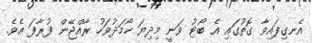
އެނގިފައިވާ ގޮތުގައި އެ ބޯޓު ވަނީ މިދިޔަ ހޯމަދުވަހު ރާއްޖޭން ފުރާފަ އެވެ.